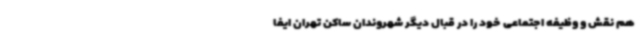
هم نقش و وظیفه اجتماعی خود را در قبال دیگر شهروندان ساکن تهران ایفا